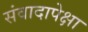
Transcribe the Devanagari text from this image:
संवादापेक्षा